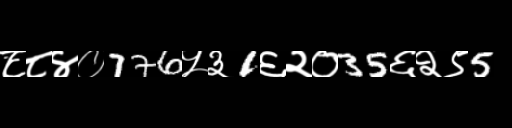
Text: ८८४०776५३1६२०35६२९5